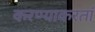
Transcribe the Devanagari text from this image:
करण्याकरतां